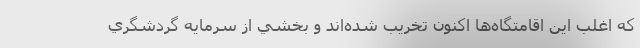
كه اغلب اين اقامتگاه‌ها اكنون تخريب شده‌اند و بخشي از سرمايه گردشگري